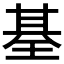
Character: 𤦢